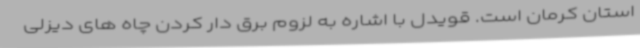
استان کرمان است. قویدل با اشاره به لزوم برق دار کردن چاه های دیزلی